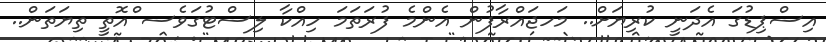
އިސްޕިޑުގަ އެދަނީ ކުރިޔަށް.. މަހޖައްރާފުން އެންމެ ފުރަތަމަ ހިއްކާ ލިސްޓުގަވެސ ްއޮތީ ތިޔަތަން..